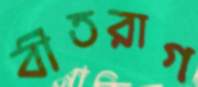
বীতরাগ